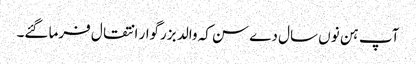
آپ ہن نوں سال دے سن کہ والد بزرگوار انتقال فرما گئے۔